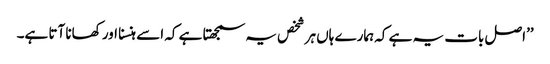
’’اصل بات یہ ہے کہ ہمارے ہاں ہر شخص یہ سمجھتا ہے کہ اسے ہنسنا اور کھانا آتا ہے۔